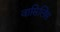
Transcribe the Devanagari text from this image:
वासिलिस